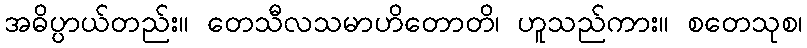
အဓိပ္ပာယ်တည်း။ တေသီလသမာဟိတောတိ၊ ဟူသည်ကား။ စတေသုစ၊